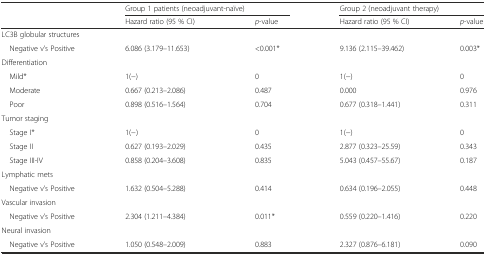
<table><thead><tr><td></td><td colspan="2"><b>Group 1 patients (neoadjuvant-naïve)</b></td><td colspan="2"><b>Group 2 (neoadjuvant therapy)</b></td></tr><tr><td></td><td><b>Hazard ratio (95 % CI)</b></td><td><b><i>p</i>-value</b></td><td><b>Hazard ratio (95 % CI)</b></td><td><b><i>p</i>-value</b></td></tr></thead><tbody><tr><td colspan="5">LC3B globular structures</td></tr><tr><td> Negative v’s Positive</td><td>6.086 (3.179–11.653)</td><td>&lt;0.001*</td><td>9.136 (2.115–39.462)</td><td>0.003*</td></tr><tr><td colspan="5">Differentiation</td></tr><tr><td> Mild*</td><td>1(−)</td><td>0</td><td>1(−)</td><td>0</td></tr><tr><td> Moderate</td><td>0.667 (0.213–2.086)</td><td>0.487</td><td>0.000</td><td>0.976</td></tr><tr><td> Poor</td><td>0.898 (0.516–1.564)</td><td>0.704</td><td>0.677 (0.318–1.441)</td><td>0.311</td></tr><tr><td colspan="5">Tumor staging</td></tr><tr><td> Stage I*</td><td>1(−)</td><td>0</td><td>1(−)</td><td>0</td></tr><tr><td> Stage II</td><td>0.627 (0.193–2.029)</td><td>0.435</td><td>2.877 (0.323–25.59)</td><td>0.343</td></tr><tr><td> Stage III-IV</td><td>0.858 (0.204–3.608)</td><td>0.835</td><td>5.043 (0.457–55.67)</td><td>0.187</td></tr><tr><td colspan="5">Lymphatic mets</td></tr><tr><td> Negative v’s Positive</td><td>1.632 (0.504–5.288)</td><td>0.414</td><td>0.634 (0.196–2.055)</td><td>0.448</td></tr><tr><td colspan="5">Vascular invasion</td></tr><tr><td> Negative v’s Positive</td><td>2.304 (1.211–4.384)</td><td>0.011*</td><td>0.559 (0.220–1.416)</td><td>0.220</td></tr><tr><td colspan="5">Neural invasion</td></tr><tr><td> Negative v’s Positive</td><td>1.050 (0.548–2.009)</td><td>0.883</td><td>2.327 (0.876–6.181)</td><td>0.090</td></tr></tbody></table>